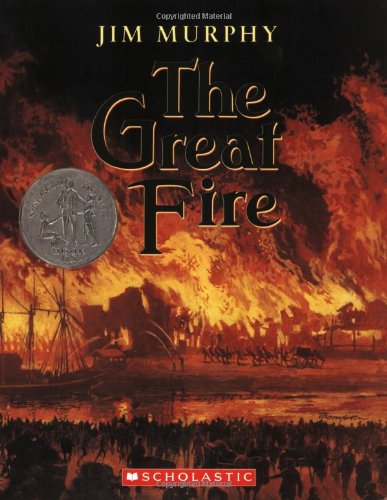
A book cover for The Great Fire; Jim Murphy; Children's Books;